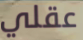
عقلي